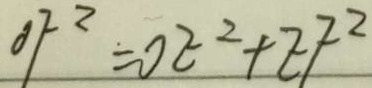
O F ^ { 2 } = O E ^ { 2 } + E F ^ { 2 }